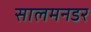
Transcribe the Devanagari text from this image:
सालमनडर